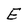
Character: E